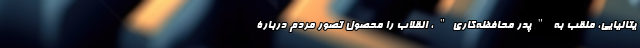
یتانیایی، ملقب به "پدر محافظه‌کاری"، انقلاب را محصول تصور مردم دربارۀ